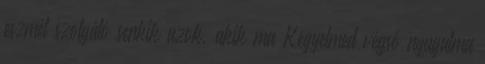
eszmét szolgáló senkik azok, akik ma Kegyelmed végső nyugalma